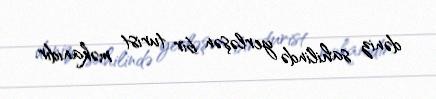
dəniz sahilində yerləşən bir turist məkanıdır.